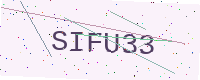
Text: SIFU33